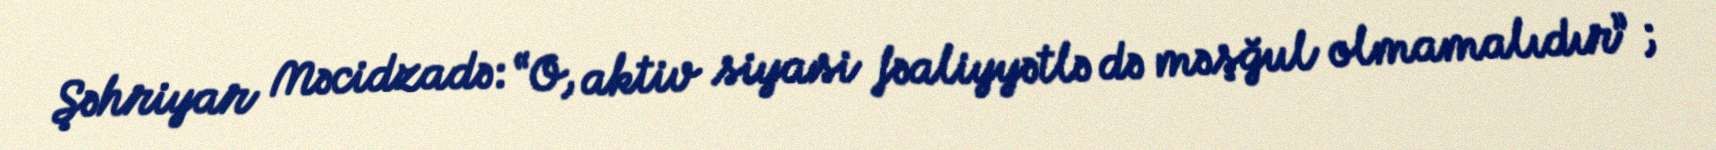
Şəhriyar Məcidzadə: “O, aktiv siyasi fəaliyyətlə də məşğul olmamalıdır” ;